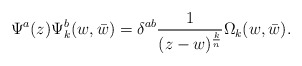
\begin{align*}\Psi^a(z)\Psi^b_k(w,\bar w)=\delta^{ab}{1\over (z-w)^{k\over n}}\Omega_k(w,\bar w).\end{align*}